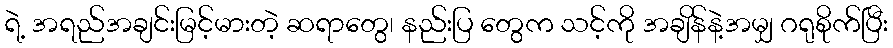
ရဲ့ အရည်အချင်းမြင့်မားတဲ့ ဆရာတွေ၊ နည်းပြ တွေက သင့်ကို အချိန်နဲ့အမျှ ဂရုစိုက်ပြီး